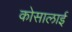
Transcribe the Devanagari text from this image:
कोसालाई